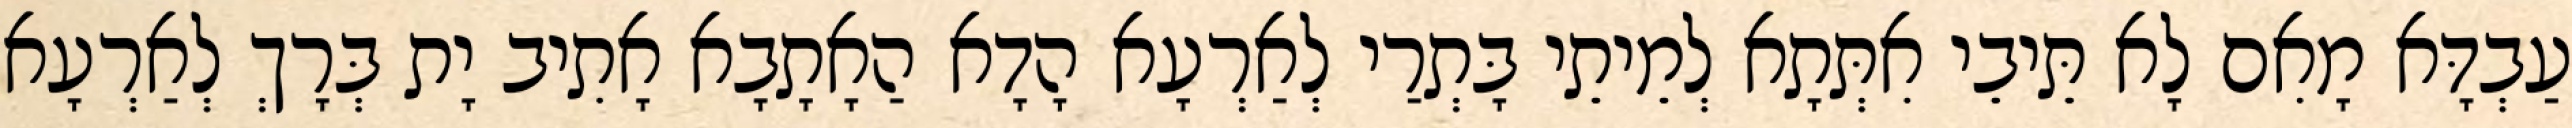
עַבְדָּא מָאִם לָא תֵּיבֵי אִתְּתָא לְמֵיתֵי בָּתְרַי לְאַרְעָא הָדָא הַאָתָבָא אָתִיב יָת בְּרָךְ לְאַרְעָא